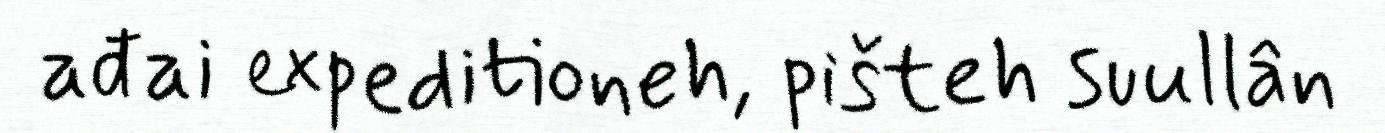
ađai expeditioneh, pišteh suullân